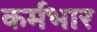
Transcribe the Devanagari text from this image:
कर्मभार